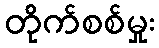
တိုက်စစ်မှုး